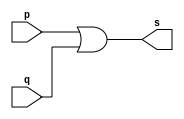
// ------------------------- 
// Exemplo0004 - OR 
// Nome: Jorge Luis dos Santos Leal 
// ------------------------- 
// ------------------------- 
// -- or gate 
// ------------------------- 
module orgate ( output s, input p, q); 
assign s = p | q; 
endmodule // orgate 
// --------------------- 
// -- test or gate 
// --------------------- 
module testorgate; 
// ------------------------- dados locais 
reg a, b; // definir registradores 
wire s; // definir conexao (fio) 
// ------------------------- instancia 
orgate OR1 (s, a, b); 
// ------------------------- preparacao 
initial begin:start 
a=0; b=0; 
end 
// ------------------------- parte principal 
initial begin 
$display("Exemplo0004 - Jorge Luis dos Santos Leal - 417466"); 
$display("Test OR gate"); 
$display("\na & b = s\n"); 
a=0; b=0; 
#1 $display("%b & %b = %b", a, b, s); 
a=0; b=1; 
#1 $display("%b & %b = %b", a, b, s); 
a=1; b=0; 
#1 $display("%b & %b = %b", a, b, s); 
a=1; b=1; 
#1 $display("%b & %b = %b", a, b, s); 
end 
endmodule // testorgate